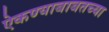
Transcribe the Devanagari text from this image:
ऐकण्याबाबतच्या